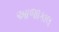
આજાકાલ